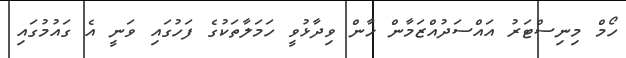
ހޯމް މިނިސްޓަރު އައްސަދުއްޒަމާން ޚާން ވިދާޅުވީ ހަމަލާތަކުގެ ފަހުގައި ވަނީ އެ ގައުމުގައި